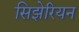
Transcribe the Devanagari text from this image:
सिझेरियन